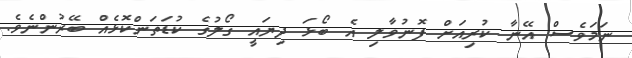
ނަމަވެސް އޭނާ ކުރިއަށް ފޮނުވާލި އެ ބޯޅަ ދިޔައީ ގޯލުގެ ކުޑަތަންކޮޅެއް ބޭރުންނެވެ.